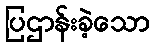
ပြဌာန်းခဲ့သော